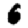
Digit: 6